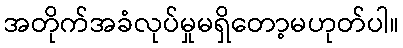
အတိုက်အခံလုပ်မှုမရှိတော့မဟုတ်ပါ။